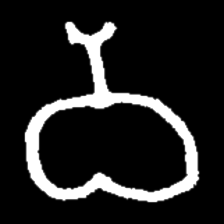
Pyu character \u2014 Myanmar letter: ဝ (romanized: wa)